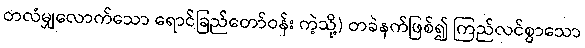
တလံမျှလောက်သော ရောင်ခြည်တော်ဝန်း ကဲ့သို့) တခဲနက်ဖြစ်၍ ကြည်လင်စွာသော